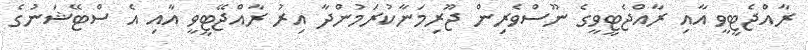
ރާއްޖެޓީވީ އާއި ރާއްޖެޓީވީގެ ނޫސްވެރިން ޖޫރިމަނާކުރަމުންދާ އިރު ރާއްޖޭޓީވީ އާއި އެ ސްޓޭޝަނުގެ